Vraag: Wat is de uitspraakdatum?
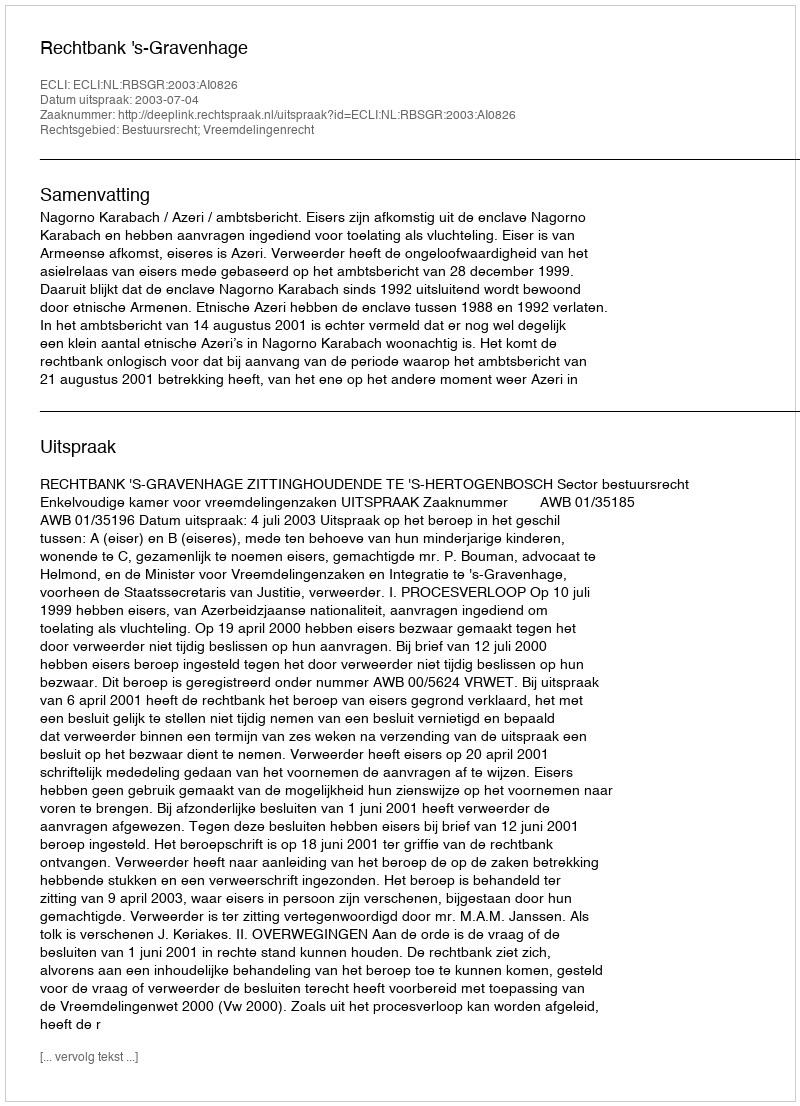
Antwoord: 2003-07-04